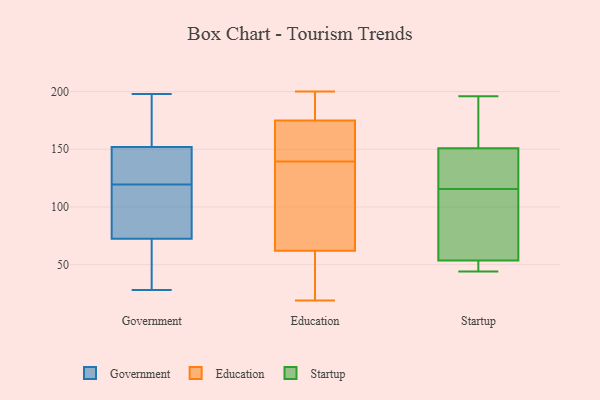
{"axis": {"x": "Churn Rate (%)", "y": "Value"}, "legend": ["Education", "Government", "Startup"], "data": [{"x": "", "y": 153, "type": "Government"}, {"x": "", "y": 64, "type": "Government"}, {"x": "", "y": 123, "type": "Government"}, {"x": "", "y": 132, "type": "Government"}, {"x": "", "y": 101, "type": "Government"}, {"x": "", "y": 28, "type": "Government"}, {"x": "", "y": 148, "type": "Government"}, {"x": "", "y": 116, "type": "Government"}, {"x": "", "y": 177, "type": "Government"}, {"x": "", "y": 188, "type": "Government"}, {"x": "", "y": 81, "type": "Government"}, {"x": "", "y": 198, "type": "Government"}, {"x": "", "y": 86, "type": "Government"}, {"x": "", "y": 55, "type": "Government"}, {"x": "", "y": 37, "type": "Government"}, {"x": "", "y": 151, "type": "Government"}, {"x": "", "y": 27, "type": "Education"}, {"x": "", "y": 59, "type": "Education"}, {"x": "", "y": 197, "type": "Education"}, {"x": "", "y": 62, "type": "Education"}, {"x": "", "y": 86, "type": "Education"}, {"x": "", "y": 200, "type": "Education"}, {"x": "", "y": 167, "type": "Education"}, {"x": "", "y": 62, "type": "Education"}, {"x": "", "y": 175, "type": "Education"}, {"x": "", "y": 194, "type": "Education"}, {"x": "", "y": 174, "type": "Education"}, {"x": "", "y": 129, "type": "Education"}, {"x": "", "y": 19, "type": "Education"}, {"x": "", "y": 150, "type": "Education"}, {"x": "", "y": 129, "type": "Startup"}, {"x": "", "y": 141, "type": "Startup"}, {"x": "", "y": 44, "type": "Startup"}, {"x": "", "y": 48, "type": "Startup"}, {"x": "", "y": 196, "type": "Startup"}, {"x": "", "y": 55, "type": "Startup"}, {"x": "", "y": 52, "type": "Startup"}, {"x": "", "y": 83, "type": "Startup"}, {"x": "", "y": 143, "type": "Startup"}, {"x": "", "y": 159, "type": "Startup"}, {"x": "", "y": 102, "type": "Startup"}, {"x": "", "y": 190, "type": "Startup"}]}